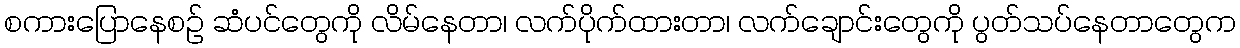
စကားပြောနေစဉ် ဆံပင်တွေကို လိမ်နေတာ၊ လက်ပိုက်ထားတာ၊ လက်ချောင်းတွေကို ပွတ်သပ်နေတာတွေက